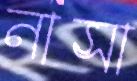
নাসা